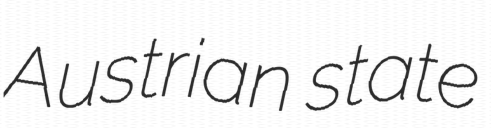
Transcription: Austrian state